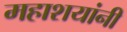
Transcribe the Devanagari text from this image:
महाशयांनी